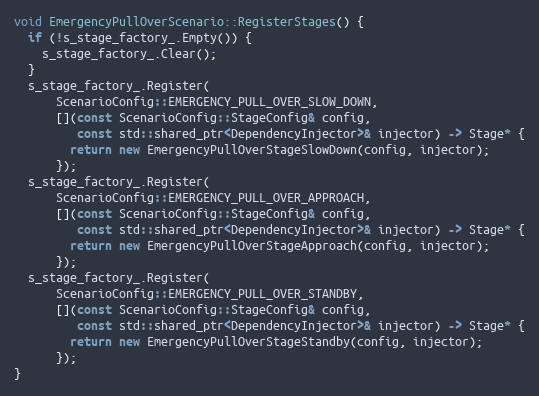
Language: C++
void EmergencyPullOverScenario::RegisterStages() {
  if (!s_stage_factory_.Empty()) {
    s_stage_factory_.Clear();
  }
  s_stage_factory_.Register(
      ScenarioConfig::EMERGENCY_PULL_OVER_SLOW_DOWN,
      [](const ScenarioConfig::StageConfig& config,
         const std::shared_ptr<DependencyInjector>& injector) -> Stage* {
        return new EmergencyPullOverStageSlowDown(config, injector);
      });
  s_stage_factory_.Register(
      ScenarioConfig::EMERGENCY_PULL_OVER_APPROACH,
      [](const ScenarioConfig::StageConfig& config,
         const std::shared_ptr<DependencyInjector>& injector) -> Stage* {
        return new EmergencyPullOverStageApproach(config, injector);
      });
  s_stage_factory_.Register(
      ScenarioConfig::EMERGENCY_PULL_OVER_STANDBY,
      [](const ScenarioConfig::StageConfig& config,
         const std::shared_ptr<DependencyInjector>& injector) -> Stage* {
        return new EmergencyPullOverStageStandby(config, injector);
      });
}